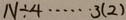
N \div 4 \cdots 3 ( 2 )